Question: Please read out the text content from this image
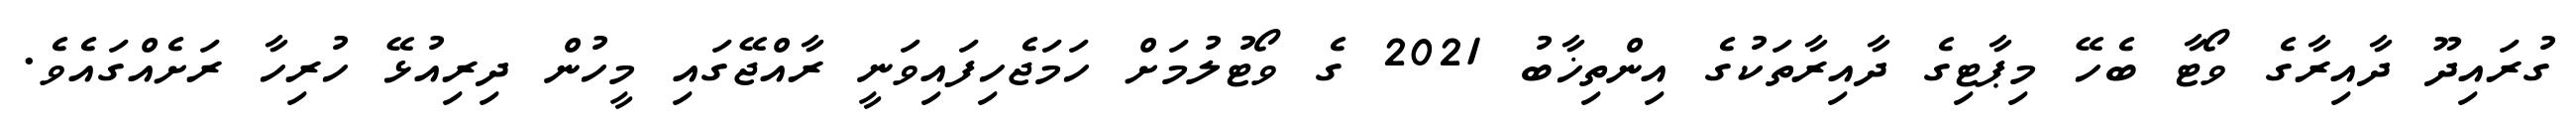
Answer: ގުރައިދޫ ދާއިރާގެ ވޯޓާ ބެހޭ މިޕާޓިގެ ދާއިރާތަކުގެ އިންތިޚާބު 2021 ގެ ވޯޓުލުމަށް ހަމަޖެހިފައިވަނީ ރާއްޖޭގައި މީހުން ދިރިއުޅޭ ހުރިހާ ރަށެއްގައެވެ.